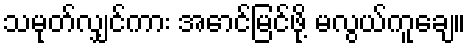
သမုတ်လျှင်ကား အောင်မြင်ဖို့ မလွယ်ကူချေ။